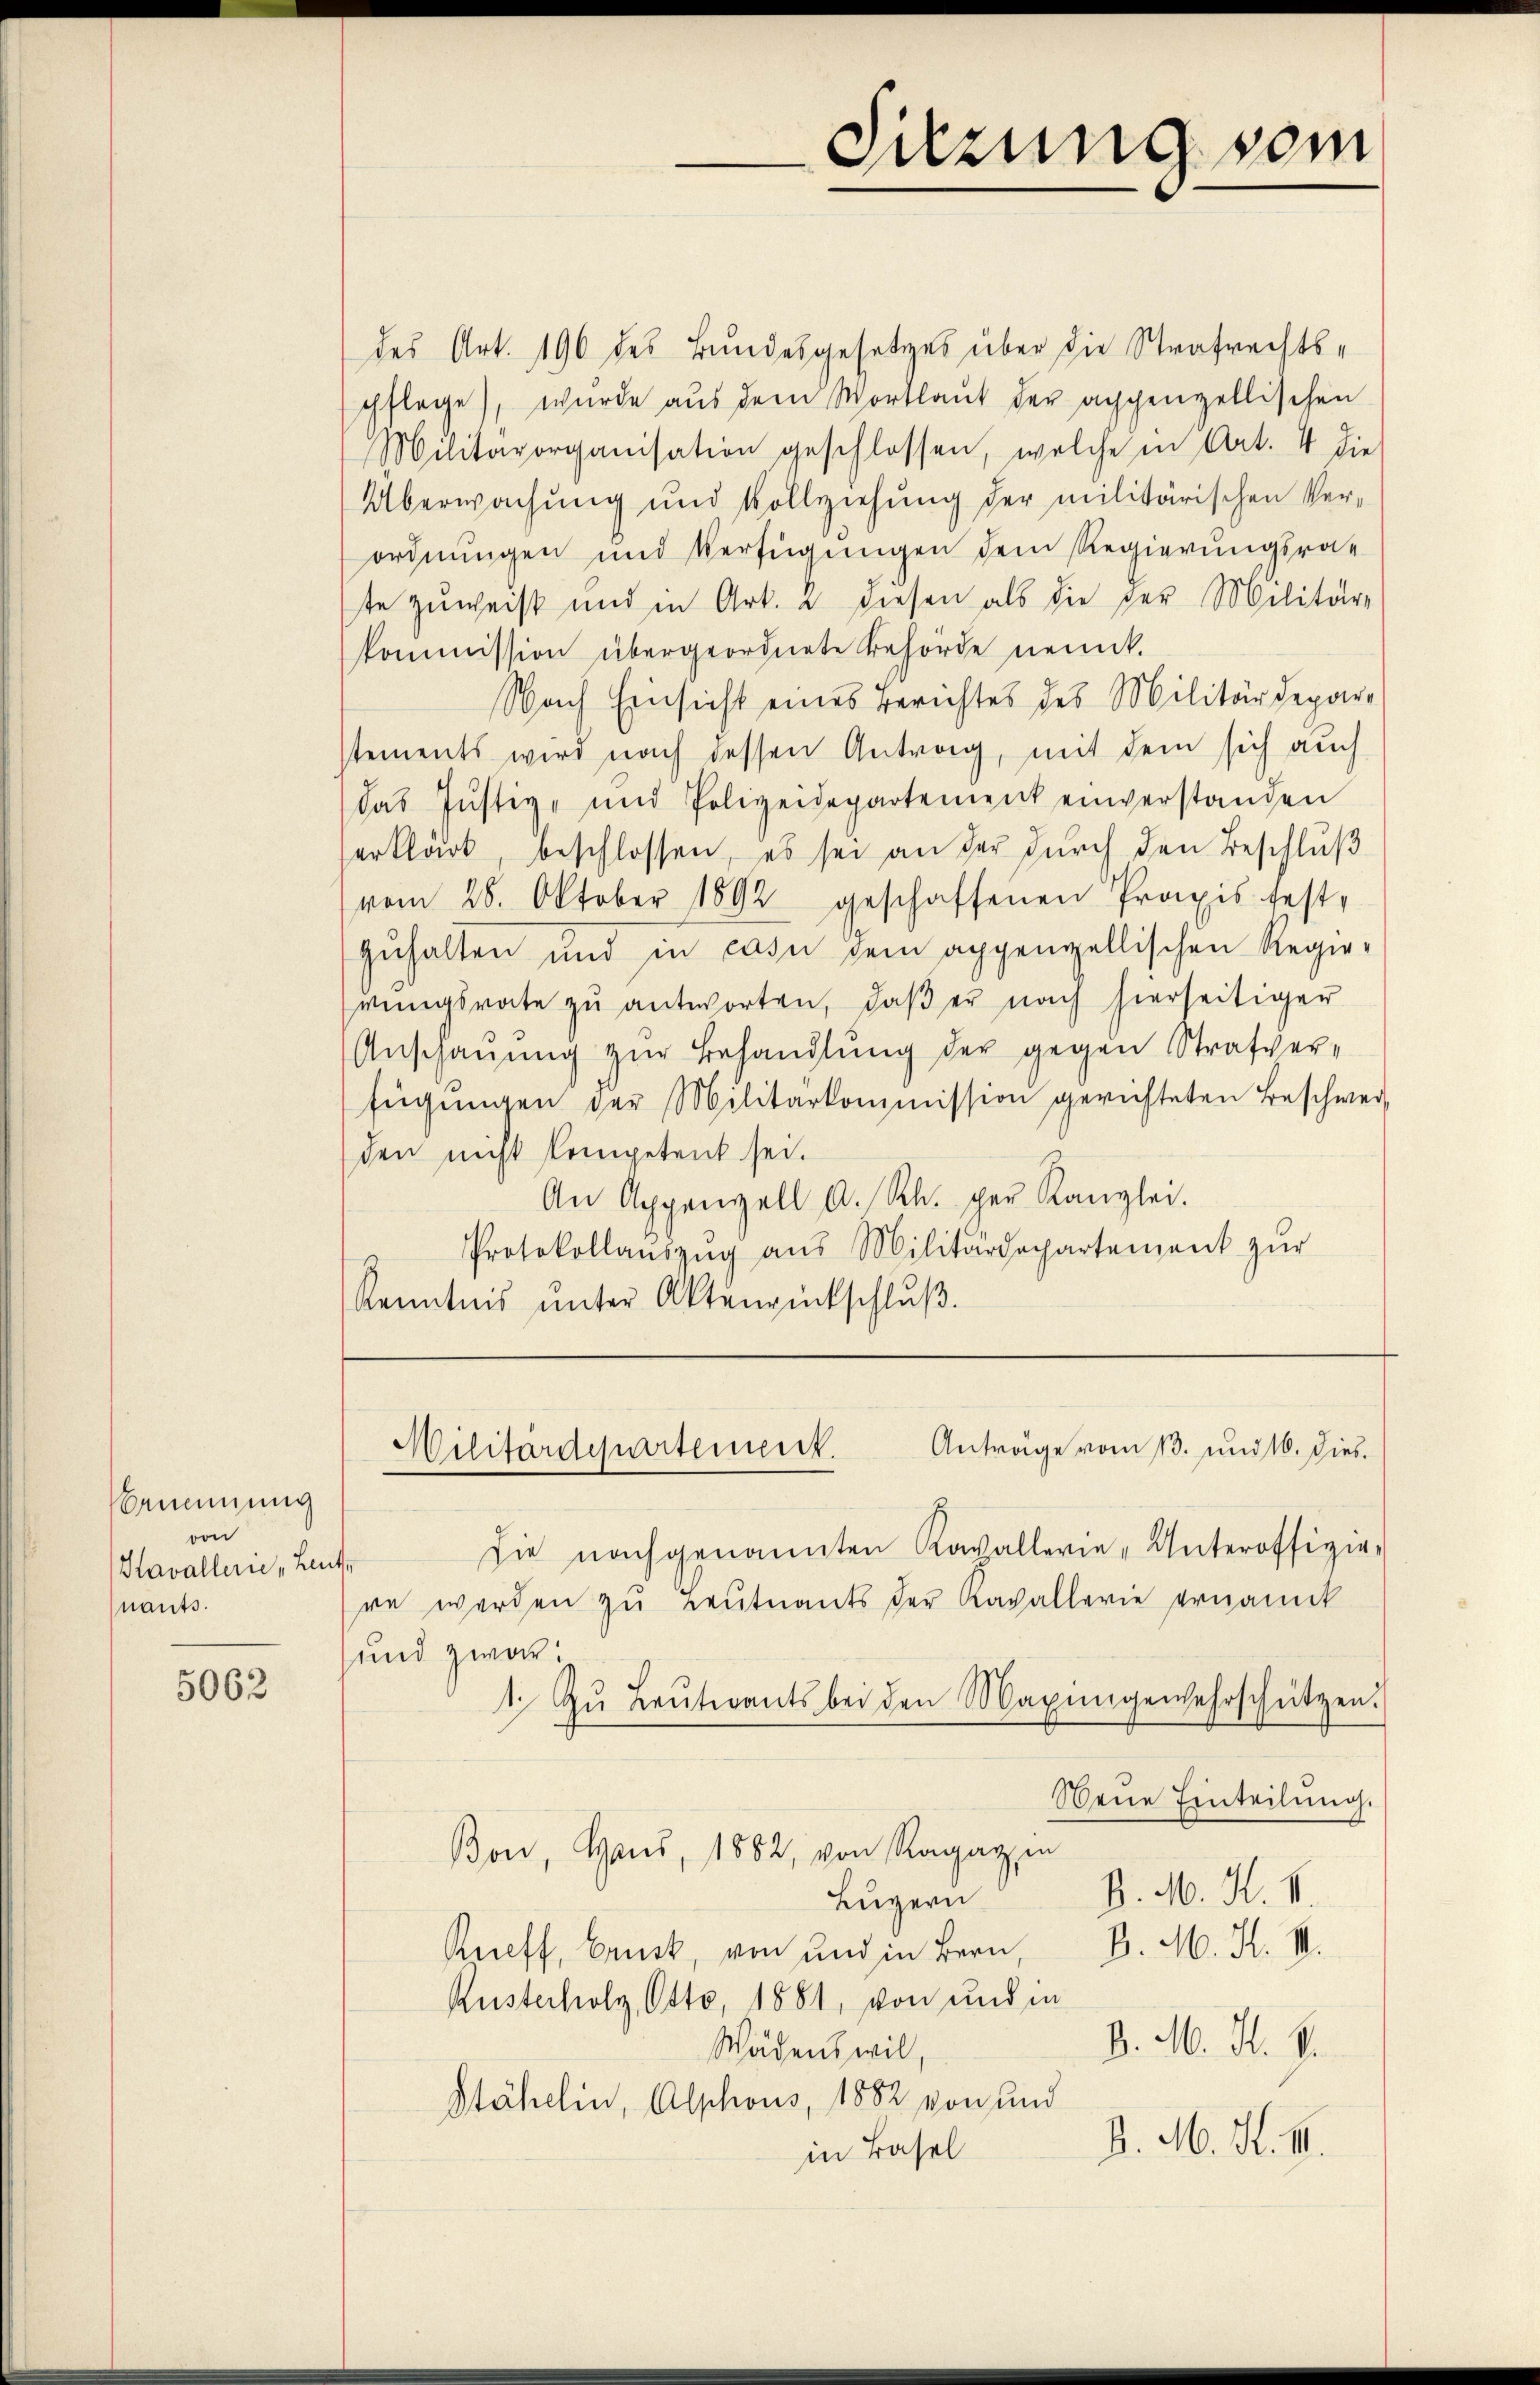
Brnennung
von
Kavallerie Leut
nants.

5062

des Art. 196 des Bundesgesetzes über die Strafrechtspflage), wurde aus dem Wortlaut der appenzellischen
Militärorganisation geschlossen, welche in Art. 4 die
Überwachung und Vollziehung der militärischen Verordnungen und Verfügŭngen dem Regierungsrat
te zuweis und in Art. 2 diesen als die der Militär-
kommission übergeordnete Behörde nennt.
Nach Einsicht eines Berichtes des Militärdepartements wird nach dessen Antrag, mit dem sich auch
das Justiz- und Polizeidepartement einverstanden
erklärt, beschlossen, es sei an der durch den Beschluß
vom 28. Oktober 1892 geschaffenen Praxis fest-
zuhalten und in casu dem appenzellischen Regie-
rŭngsrate zŭ antworten, daβ er nach hierseitiger
Anschauung zur Behandlung der gegen Strafverfügŭngen der Militärkommission gerichteten Beschwer-
den nicht kompetent sei.
An Appenzell A. R. per Kanzlei.
Protokollaŭszŭg ans Militärdepartement zŭr
Kenntnis ŭnter Aktenrückschlŭβ

Anträge vom 13. und 16. dies
Militärdepartement.

Die nachgenannten Kavallerie-Unteroffizir
re werden zu Leutnants der Kavallerie ernannt
und zwar:
1. Zŭ Leŭtevants bei den Maximgewahrschützen.
Neue Einteilung.
P. M. K. V.
Luzern
Reff, Bruck, von und in Bern, B. M. K. VII.
Rusterholz, Otto, 1881, von und in
D. M. H. S.
Wädens wil,
Stähelin, Alphons, 1882 von und
in Basel B. M. K. III.

Bon, Haus, 1882, von Ragazin

Sitzung vom